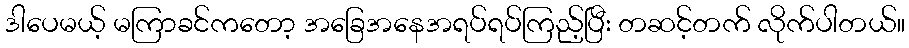
ဒါပေမယ့် မကြာခင်ကတော့ အခြေအနေအရပ်ရပ်ကြည့်ပြီး တဆင့်တက် လိုက်ပါတယ်။